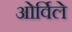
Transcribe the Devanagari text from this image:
ओर्विले